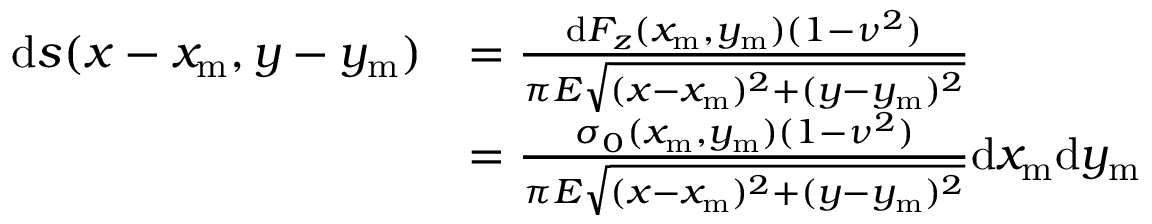
\begin{array} { r l } { \mathrm { d } s ( x - x _ { \mathrm { m } } , y - y _ { \mathrm { m } } ) } & { = \frac { \mathrm { d } F _ { z } ( x _ { \mathrm { m } } , y _ { \mathrm { m } } ) ( 1 - \nu ^ { 2 } ) } { \pi E \sqrt { ( x - x _ { \mathrm { m } } ) ^ { 2 } + ( y - y _ { \mathrm { m } } ) ^ { 2 } } } } \\ & { = \frac { \sigma _ { 0 } ( x _ { \mathrm { m } } , y _ { \mathrm { m } } ) ( 1 - \nu ^ { 2 } ) } { \pi E \sqrt { ( x - x _ { \mathrm { m } } ) ^ { 2 } + ( y - y _ { \mathrm { m } } ) ^ { 2 } } } \mathrm { d } x _ { \mathrm { m } } \mathrm { d } y _ { \mathrm { m } } } \end{array}